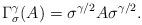
LaTeX: \begin{align*}\Gamma_{\sigma}^{\gamma} (A) = \sigma^{\gamma/2} A \sigma^{\gamma/2}.\end{align*}